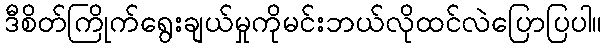
ဒီစိတ်ကြိုက်ရွေးချယ်မှုကိုမင်းဘယ်လိုထင်လဲပြောပြပါ။